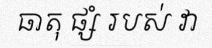
ធាតុ ផ្សំ របស់ វា